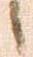
候